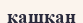
қашқан